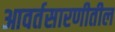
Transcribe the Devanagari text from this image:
आवर्तसारणीतील